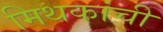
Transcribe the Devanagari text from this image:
मिथकांची